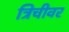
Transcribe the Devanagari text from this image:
त्रिचीवर